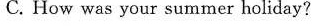
C. How was your summer holiday?